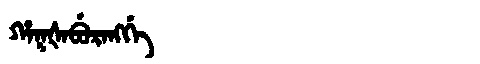
Manchu: ᡥᠠᡴᡧᠠᠪᡠᡵᠠᠩᡤᡝ
Romanization: HAKŠABURANGGE